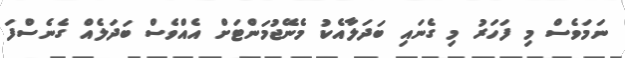
ނަމަވެސް މި ފަހަރު މި ގެނައި ބަދަލާއެކު މެނޭޖުމަންޓަށް އެއްވެސް ބަދަލެއް ގެނެސްފަ